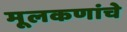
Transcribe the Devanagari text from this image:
मूलकणांचे